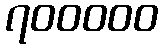
၇၀၀၀၀၀